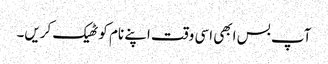
آپ بس ابھی اسی وقت اپنے نام کو ٹھیک کریں۔